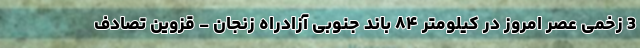
3 زخمی عصر امروز در کیلومتر ۸۴ باند جنوبی آزادراه زنجان - قزوین تصادف